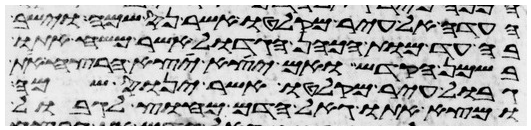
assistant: העדה אל עיר מקלטו אשר נס שמה וישב
בה עד מות הכהן הגדול אשר משח אתו
בשמן הקדש ואם יצא יצא הרצח את
גבול עיר מקלטו אשר ינוס שמה
ומצא אתו גאל הדם מחוץ לגבול